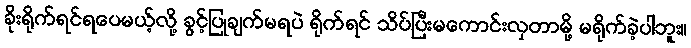
ခိုးရိုက်ရင်ရပေမယ့်လို့ ခွင့်ပြုချက်မရပဲ ရိုက်ရင် သိပ်ပြီးမကောင်းလှတာမို့ မရိုက်ခဲ့ပါဘူး။